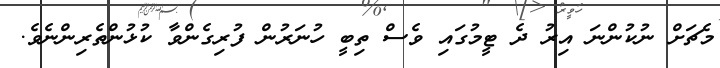
މެޗަށް ނުކުންނަ އިރު ދެ ޓީމުގައި ވެސް ތިބީ ހުނަރުން ފުރިގެންވާ ކުޅުންތެރިންނެވެ.